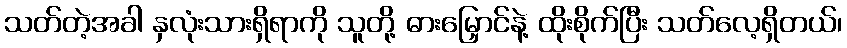
သတ်တဲ့အခါ နှလုံးသားရှိရာကို သူတို့ ဓားမြှောင်နဲ့ ထိုးစိုက်ပြီး သတ်လေ့ရှိတယ်၊